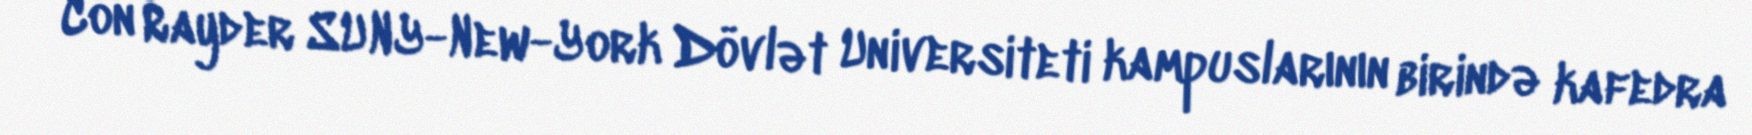
Con Rayder SUNY-New-York Dövlət Universiteti kampuslarının birində kafedra